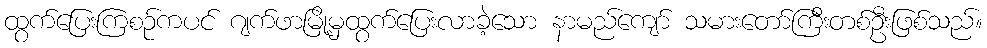
ထွက်ပြေးကြစဉ်ကပင် ဂျက်ဖာမြို့မှထွက်ပြေးလာခဲ့သော နာမည်ကျော် သမားတော်ကြီးတစ်ဦးဖြစ်သည်။